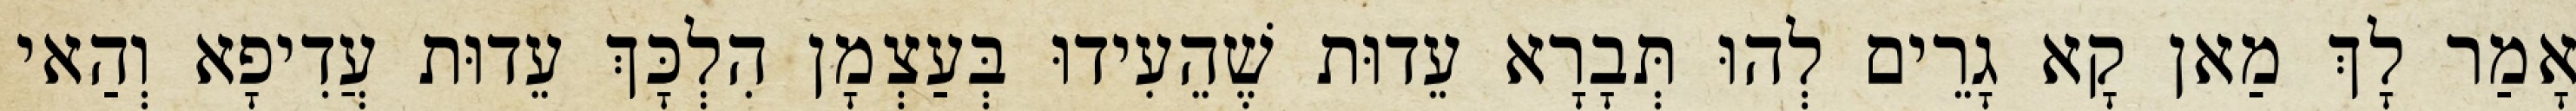
אָמַר לָךְ מַאן קָא גָרֵים לְהוּ תְּבָרָא עֵדוּת שֶׁהֵעִידוּ בְּעַצְמָן הִלְכָּךְ עֵדוּת עֲדִיפָא וְהַאי